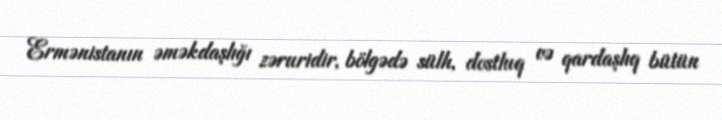
Ermənistanın əməkdaşlığı zəruridir, bölgədə sülh, dostluq və qardaşlıq bütün